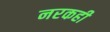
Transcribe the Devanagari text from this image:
नरकही